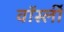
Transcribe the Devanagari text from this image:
वॉर्स्ली